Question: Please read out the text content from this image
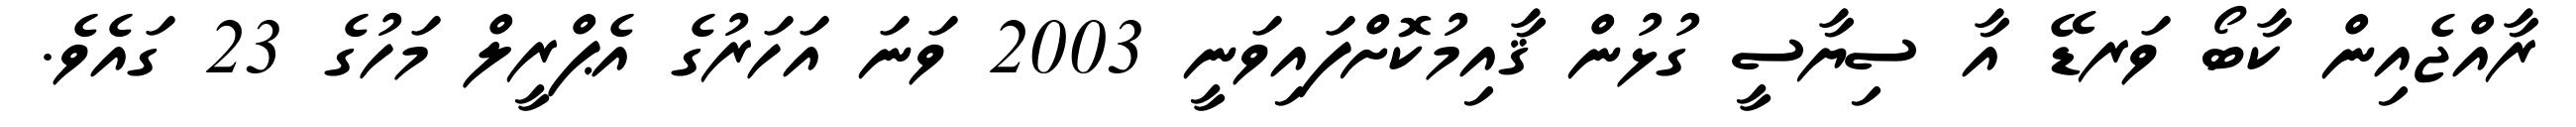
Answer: ރާއްޖެއިން ކާބޯ ވަރޑޭ އާ ސިޔާސީ ގުޅުން ޤާއިމުކޮށްފައިވަނީ 2003 ވަނަ އަހަރުގެ އެޕްރީލް މަހުގެ 23 ގައެވެ.